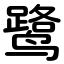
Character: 鹭